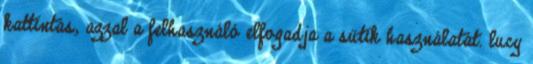
kattintás, azzal a felhasználó elfogadja a sütik használatát. lucy